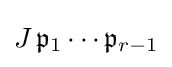
J\,{\mathfrak {p}}_{1}\cdots {\mathfrak {p}}_{r-1}